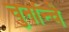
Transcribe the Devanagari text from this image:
चुनांन्चे